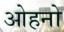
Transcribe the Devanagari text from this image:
ओहनो